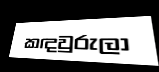
කඳවුරුලා